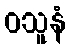
ဝသူနံ